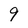
Character: 9